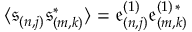
\langle \mathfrak { s } _ { ( n , j ) } \mathfrak { s } _ { ( m , k ) } ^ { \ast } \rangle = \mathfrak { e } _ { ( n , j ) } ^ { ( 1 ) } \mathfrak { e } _ { ( m , k ) } ^ { ( 1 ) \, \ast }